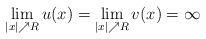
LaTeX: \begin{align*} \lim\limits_{|x|\nearrow R}u(x)= \lim\limits_{|x|\nearrow R}v(x)=\infty\end{align*}